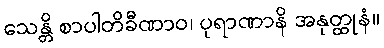
သေန္တိ စာပါတိခီဏာဝ၊ ပုရာဏာနိ အနုတ္ထုနံ။